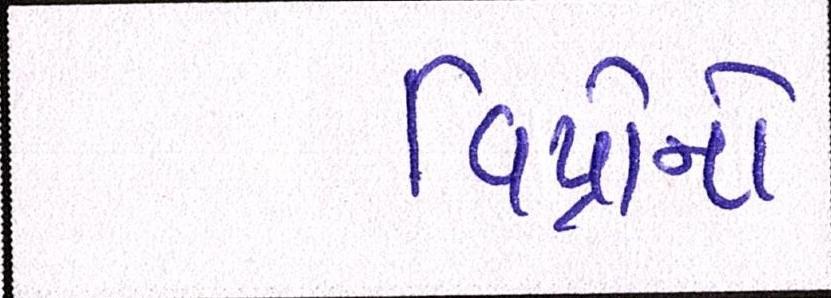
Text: વિપ્રોનો